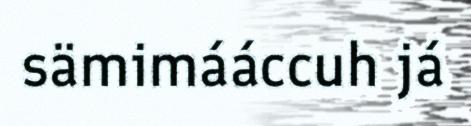
sämimááccuh já